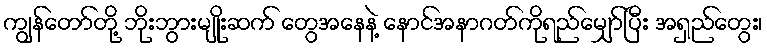
ကျွန်တော်တို့ ဘိုးဘွားမျိုးဆက် တွေအနေနဲ့ နောင်အနာဂတ်ကိုရည်မျှော်ပြီး အရှည်တွေး၊